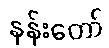
နန်းတော်